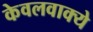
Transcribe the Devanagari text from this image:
केवलवाक्ये